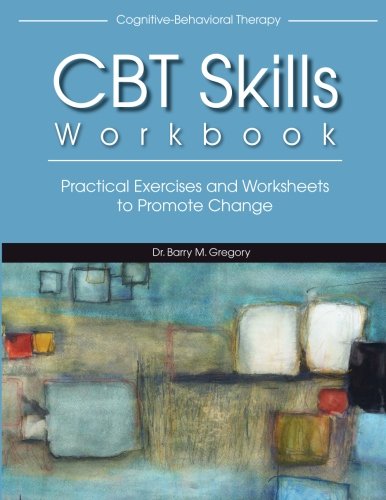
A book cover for Cognitive-Behavioral Therapy Skills Workbook; Barry Gregory; Medical Books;